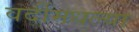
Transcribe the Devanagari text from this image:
वर्दीमधल्या